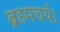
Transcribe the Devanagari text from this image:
ब्रहमचर्य।